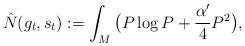
LaTeX: \begin{align*}\hat N(g_t,s_t):=\int_M\big(P\log P+\frac{\alpha'}{4}P^2\big),\end{align*}